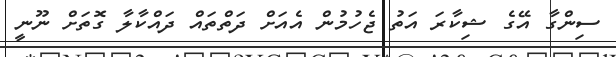
ސިންގާ އޭގެ ޝިކާރަ އަތު ޖެހުމުން އެއަށް ދަތްތައް ދައްކާލާ ގޮތަށް ނޫނީ